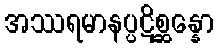
အဿရမာနပ္ပဋိစ္ဆန္နော